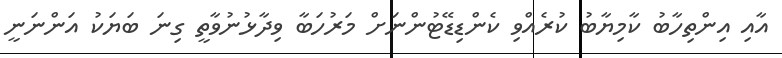
އާއި އިންތިހާބު ކާމިޔާބު ކުރެއްވި ކެންޑިޑޭޓުންނަށް މަރުހަބާ ވިދާޅުނުވާތީ ގިނަ ބަޔަކު އަންނަނީ